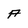
Character: A